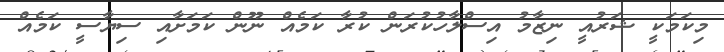
މިކަމަކީ ޝަރުއީ ނިޒާމު އިސްލާހުކުރަން ކުރާ ކަމެއް ނޫން ކަމަށާއި ސިޔާސީ ކަމެއް